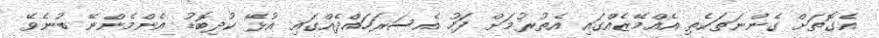
އެގޮތަށް ގެންނަތަކެތި އެއްމޭޒެއްގައި އެތުރުމަށް ފަހު އެސަރަހައްދެއްގައި އުޅޭ ކުދިބޮޑު އެންމެންނޭ ބުނެވޭ